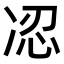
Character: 𠗋